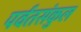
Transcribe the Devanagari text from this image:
पर्वतसंकुल